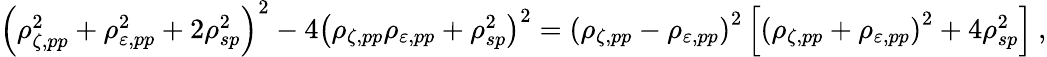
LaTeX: \begin{array}{r}{\left(\rho_{\zeta,pp}^{2}+\rho_{\varepsilon,pp}^{2}+2\rho_{sp}^{2}\right)^{2}-4\left(\rho_{\zeta,pp}\rho_{\varepsilon,pp}+\rho_{sp}^{2}\right)^{2}=\left(\rho_{\zeta,pp}-\rho_{\varepsilon,pp}\right)^{2}\left[\left(\rho_{\zeta,pp}+\rho_{\varepsilon,pp}\right)^{2}+4\rho_{sp}^{2}\right]\: ,}\end{array}